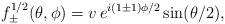
LaTeX: \begin{align*}f_{\pm}^{1/2} (\theta, \phi) = v \, e^{i (1 \pm 1) \phi /2} \sin ( \theta/2 ), \end{align*}